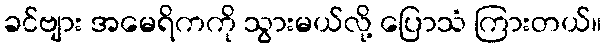
ခင်ဗျား အမေရိကကို သွားမယ်လို့ ပြောသံ ကြားတယ်။